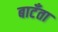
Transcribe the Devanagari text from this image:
बाटँता